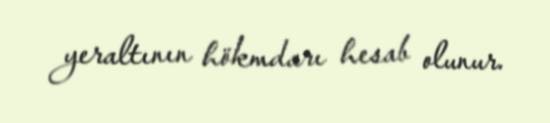
yeraltının hökmdarı hesab olunur.